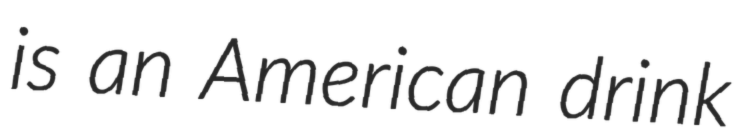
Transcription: is an American drink